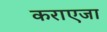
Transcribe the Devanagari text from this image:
कराएजा